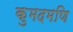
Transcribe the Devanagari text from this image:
कुमदमणि